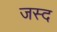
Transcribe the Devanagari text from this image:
जस्द